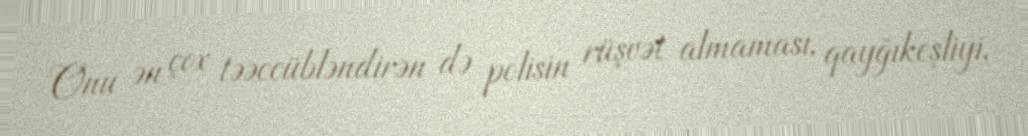
Onu ən çox təəccübləndirən də polisin rüşvət almaması, qayğıkeşliyi,